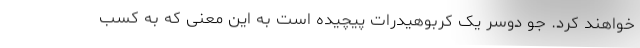
خواهند کرد. جو دوسر یک کربوهیدرات پیچیده است به این معنی که به کسب